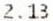
2.13